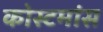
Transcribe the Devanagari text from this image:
कोस्टमांस